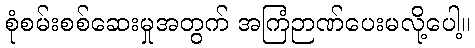
စုံစမ်းစစ်ဆေးမှုအတွက် အကြံဉာဏ်ပေးမလို့ပေါ့။